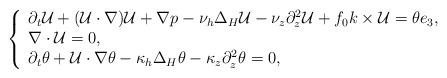
LaTeX: \begin{align*} \left\{ \begin{array}{l} \partial_t\mathcal U+(\mathcal U\cdot\nabla)\mathcal U+\nabla p-\nu_h\Delta_H\mathcal U-\nu_z\partial_z^2\mathcal U+f_0k\times\mathcal U=\theta e_3,\\ \nabla\cdot\mathcal U=0,\\ \partial_t\theta+\mathcal U\cdot\nabla\theta-\kappa_h\Delta_H\theta -\kappa_z\partial_z^2\theta=0, \end{array} \right.\end{align*}